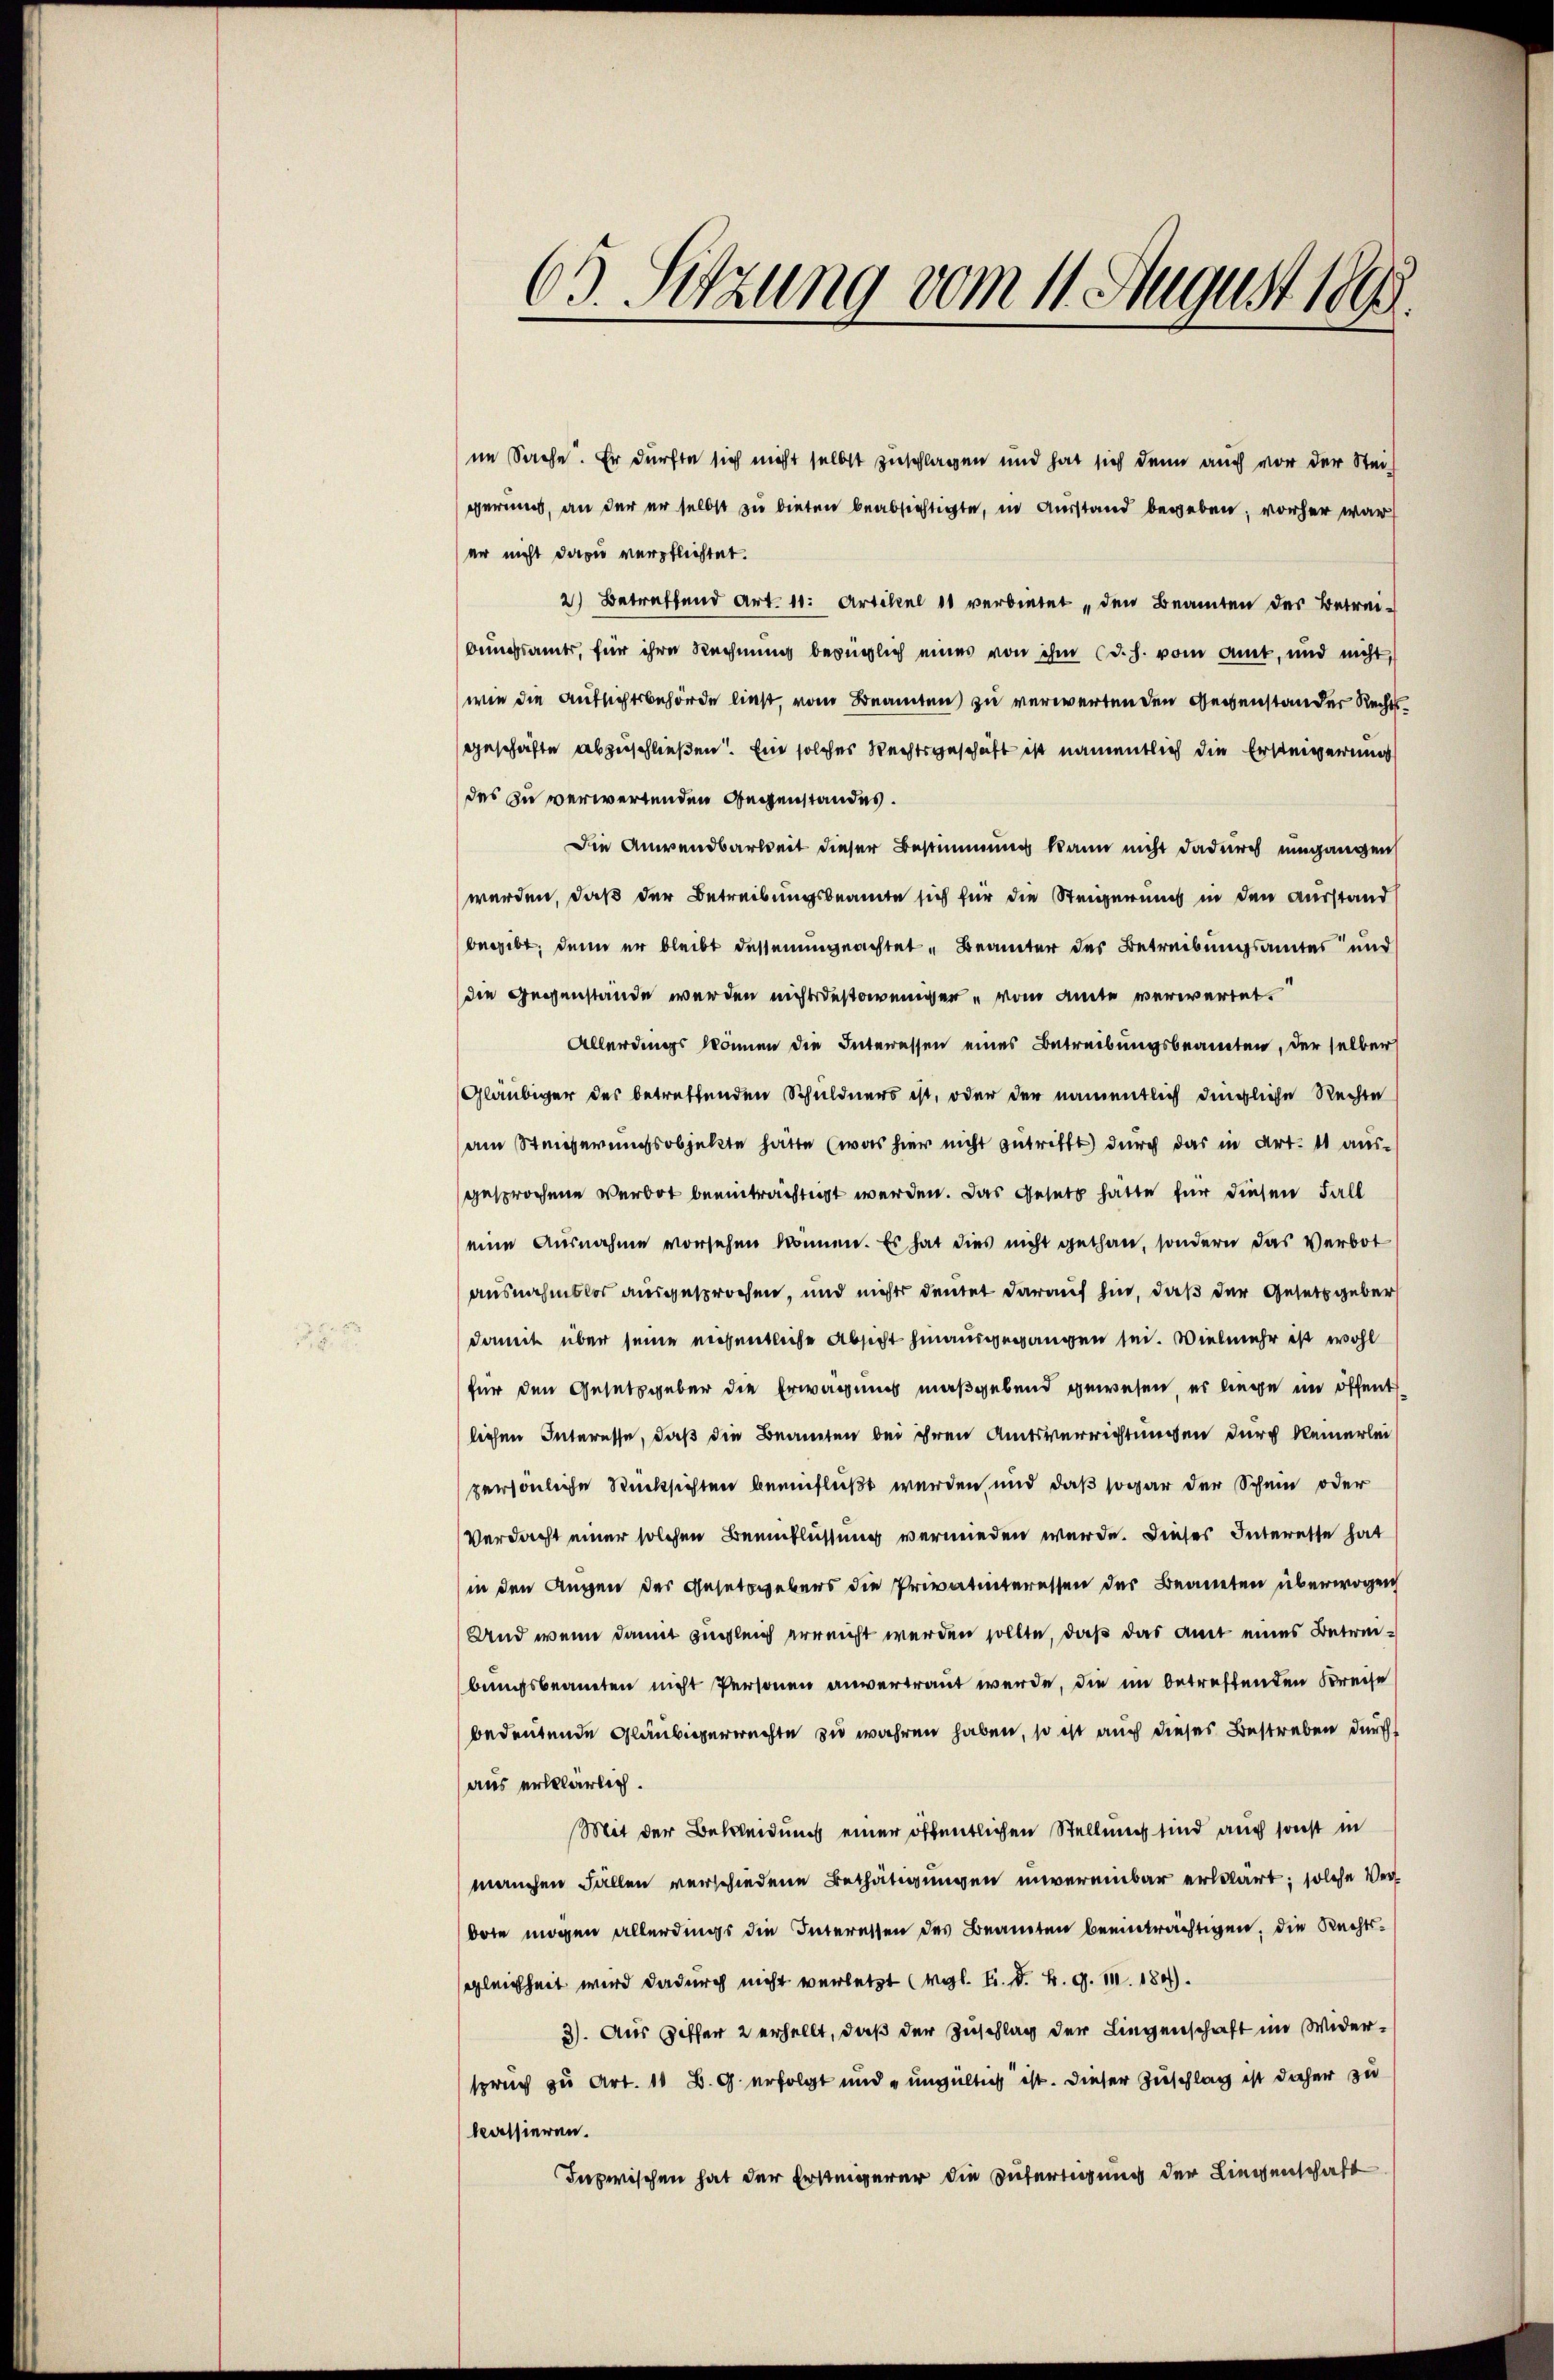
63. Sitzung vom 11. August 1899.

im Sache. Er dürfte sich nicht selbst zuschlagen und hat sich dann auch vor der Steiperin, an der er selbst zu bieten beabsichtigte, in Ausstand begeben, vorher war
er nicht dazu verpflichtet.
2) Betreffend Art. 11. Artikel 10 verbietet, den Beamten des Betreibungsamts, für ihre Rechnung bezüglich eines von ihm (d. h. vom Amt, und nicht,
wie die Aufsichtsbehörde ließ, vom Beamten zu verwerten den Gegenstander Rechtsgeschäfte abzuschließen. Ein solches Rechtsgeschäft ist namentlich die Ersteigerung
des zu verwertenden Gegenstandes.
Die Anwendbarkeit dieser Bestimmung kann nicht dadurch umgangen
werden, daß der Betreibungsbeamte sich für die Steigerung in den Ausstand
begibt, denn er bleibt dessenungeachtet, Beamter des Betreibungsamtes und
die gegenstände werden nichtsdestoweniger vom Amte verwartet.
Allerdings können die Interessen eines Betreibungsbeamten, der selber
Gläubiger des betreffenden Schuldners ist, oder der namentlich dingliche Rechte
am Steigerungsobjekte hätte (was hier nicht zutrifft durch das in Art. 11 ausgesprochene Verbot beeinträchtigt werden. Das Gesetz hatte für diesen Fall
eine Ausnahme vorsehen können. Es hat dies nicht gethan, sondern das Verbot
ausnahmslos ausgesprochen, und nichts deutet darauf hin, daß der Gesetzgeber
damit über seine nesentliche Absicht hinausgegangen sei. Vielmehr ist wohl
für den Gesetzgeber die Erwägung maßgebend gewesen, es liege im öffent
lichen Interesse, daß die Beamten bei ihren Amtsverrichtungen durch keinerlei
persönliche Rücksichten beeinflußt werden, und daß sogar der Schein oder
Verdacht einer solchen Beeinflussung vermieden wurde. Dieses Interesse hat
in den Augen des Gesetzgebens die Privatinteressen der Beaneten überwogen
Und wenn damit zugleich erreicht werden sollte, daß das Amt eines Betreibungsbeanten nicht Personen anvertraut werde, die im betreffenten Kreise
bedeutende Gläubigerrechte zu wahren haben, so ist auch dieses Bestreben durch
aus erklärlich.
Mit der Bekleidung einer öffentlichen Stellung sind auch sonst in
manchen Fällen verschiedene Bethätigungen unvereinbar erklärt; solche Verdote mögen allerdings die Interessen des Beamten beeinträchtigen, die Rechtsgleichheit wird dadurch nicht verletzt (vgl. B. d. B. G. 11. 184).
3). Aus Giffer 2 erhellt, daß der Zuschlag der Liegenschaft im Widerspruch zu Art. 11 B. G. erfolgt und ungültig ist. Dieser Zuschlag ist daher zu
kassieren.
Inzwischen hat der Erbeigerer die Zufertigung der Liegenschaft